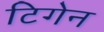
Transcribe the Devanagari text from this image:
टिगेन